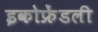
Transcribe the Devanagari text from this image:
इकोफ्रेंडली